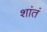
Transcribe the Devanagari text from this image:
शांतं